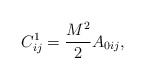
\begin{align*}C_{ij}^1=\frac{M^2}2A_{0ij},\end{align*}